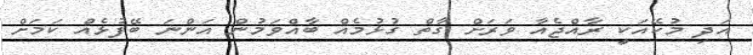
އަދި މުކޭއަކީ ރާއްޖެއާ ވަރަށް ގާތް ގުޅުމެއް ބާއްވަމުން އަންނަ ބޭފުޅެއް ކަމަށް